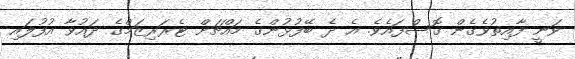
ވަނީ ފާއިތުވެގެން ގޮސްފައެވެ. އެ ދެ ބޭފުޅުންގެ މައްޗަށް ޓެރަރިޒަމްގެ ދައުވާ އުފުލައި